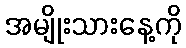
အမျိုးသားနေ့ကို